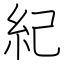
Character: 紀